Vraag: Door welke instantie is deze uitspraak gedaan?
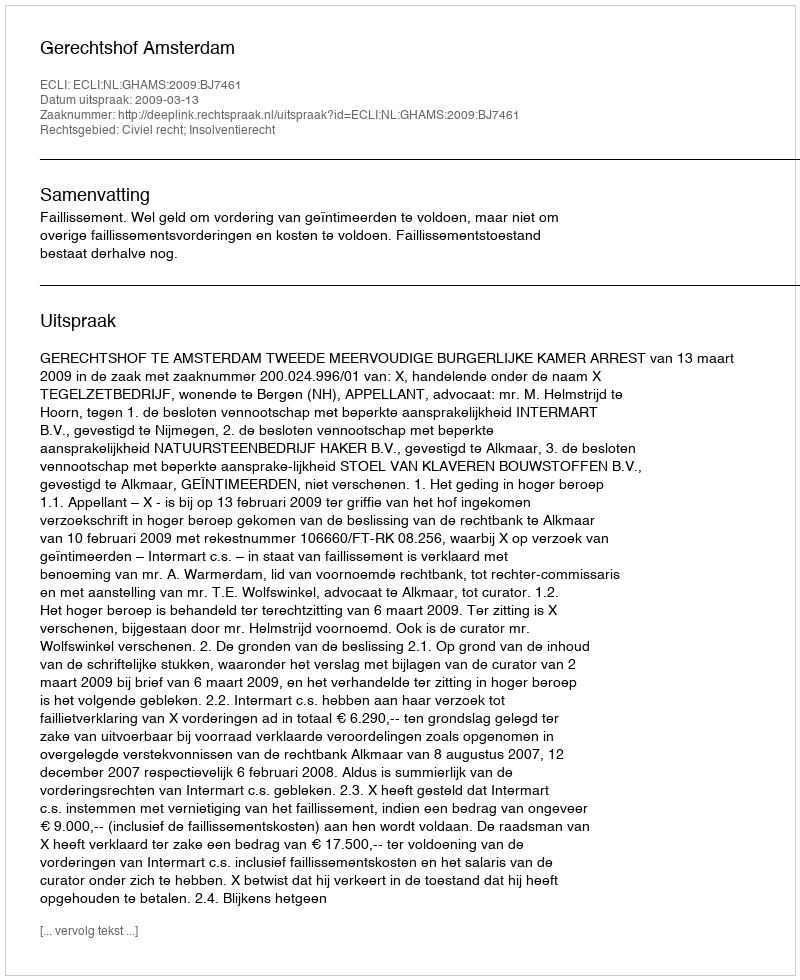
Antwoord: Gerechtshof Amsterdam